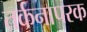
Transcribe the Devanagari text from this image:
तर्कनापरक